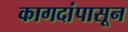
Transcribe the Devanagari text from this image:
कागदांपासून